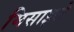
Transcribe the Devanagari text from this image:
मिसाइले